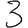
Digit: 3